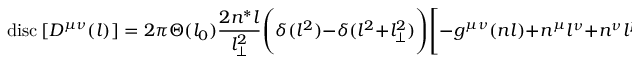
\mathrm { \mathrm { ~ d i s c } } \left[ { \cal D } ^ { \mu \nu } ( l ) \right] = 2 \pi \Theta ( l _ { 0 } ) \frac { 2 n ^ { * } l } { l _ { \perp } ^ { 2 } } \Bigg ( \delta ( l ^ { 2 } ) - \delta ( l ^ { 2 } + l _ { \perp } ^ { 2 } ) \Bigg ) \Bigg [ - g ^ { \mu \nu } ( n l ) + n ^ { \mu } l ^ { \nu } + n ^ { \nu } l ^ { \mu } \Bigg ] \; .